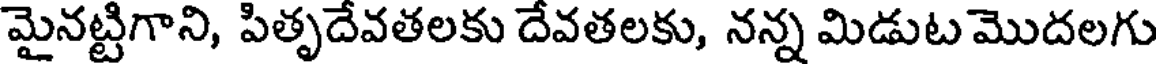
మైనట్టిగాని, పితృదేవతలకు దేవతలకు, నన్న మిడుట మొదలగు